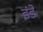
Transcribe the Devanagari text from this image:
इंडे